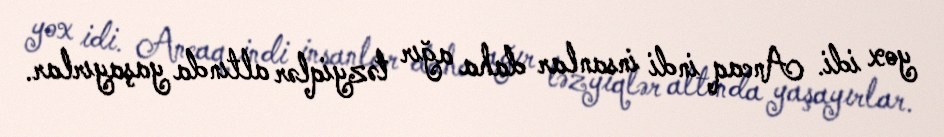
yox idi. Ancaq indi insanlar daha ağır təzyiqlər altında yaşayırlar.